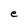
Character: e